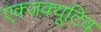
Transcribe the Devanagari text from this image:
एक्जक्यूटिव